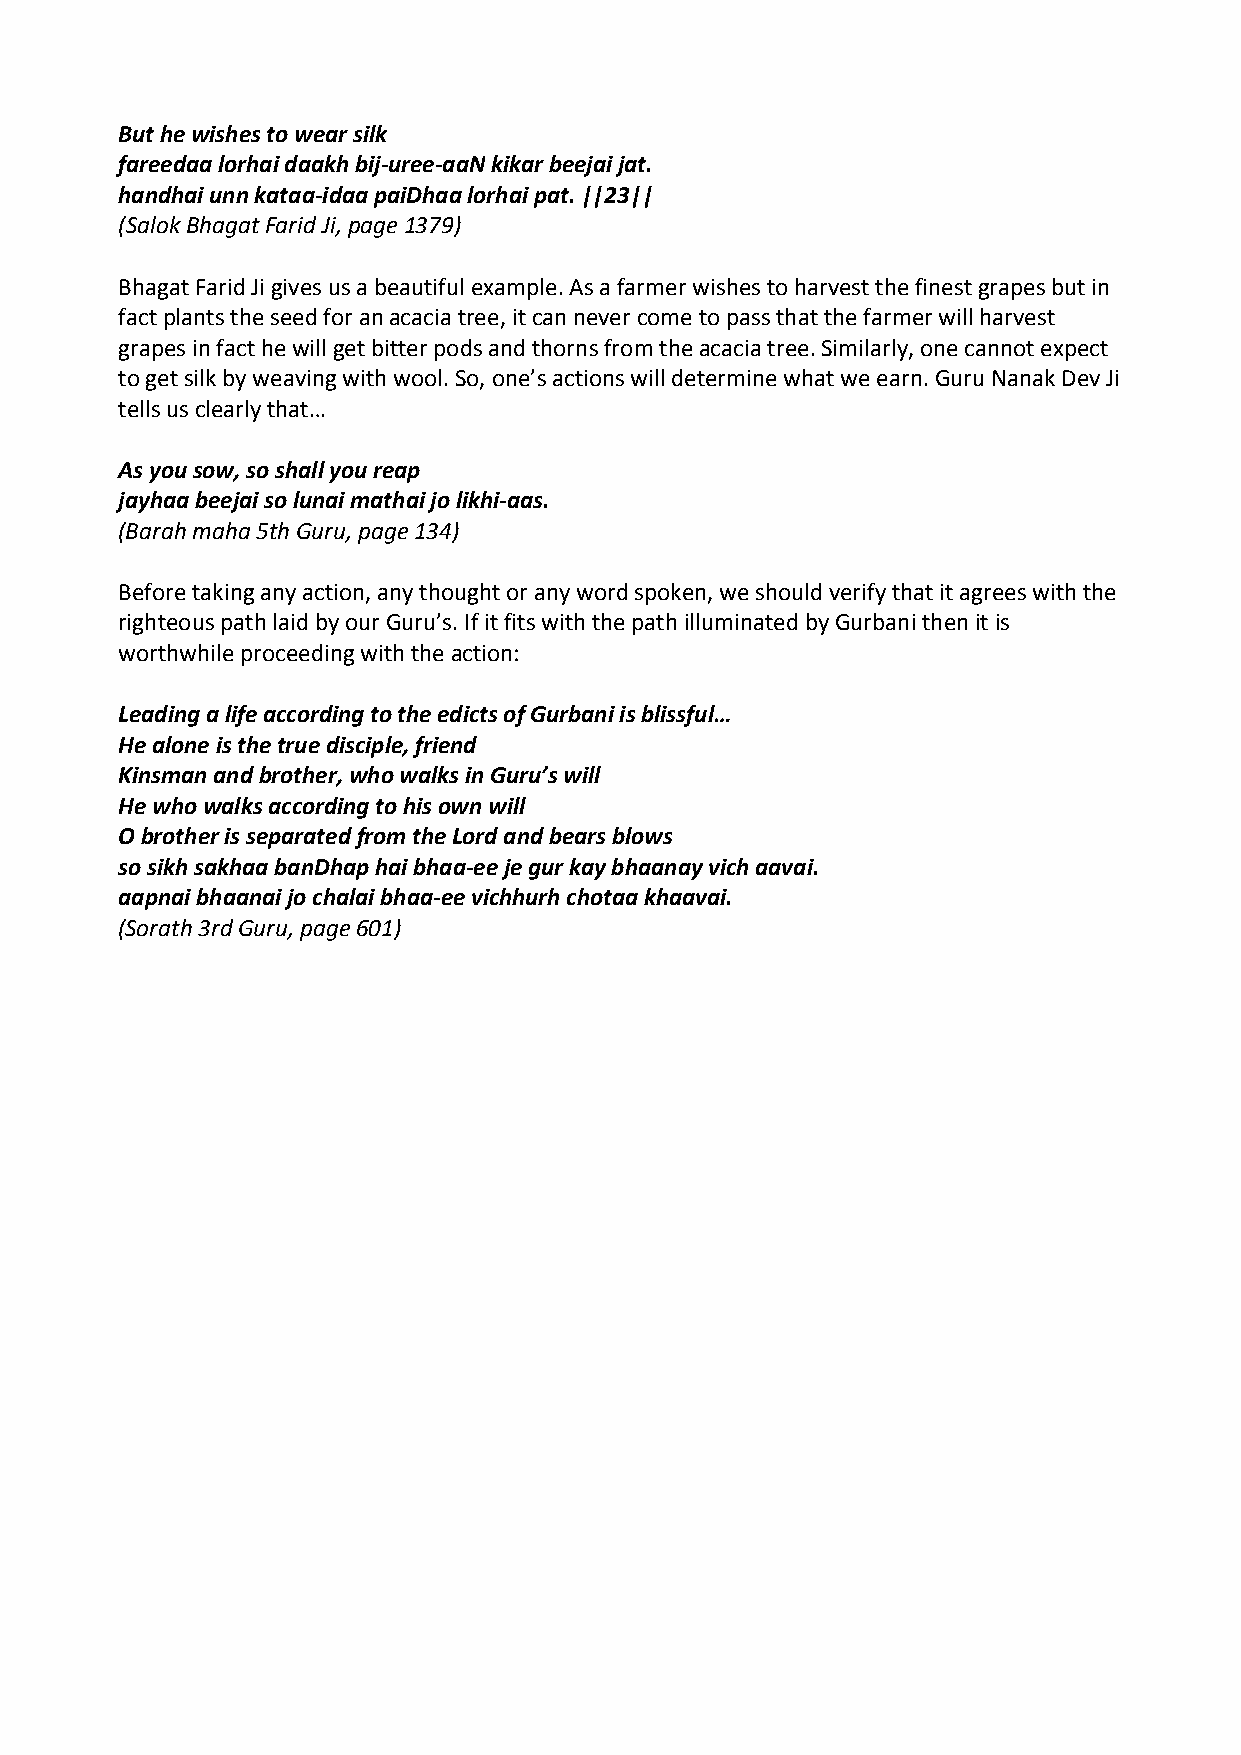
But he wishes to wear silk
 fareedaa lorhai daakh bij‐uree‐aaN kikar beejai jat.
 handhai unn kataa‐idaa paiDhaa lorhai pat. ||23||
 (Salok Bhagat Farid Ji, page 1379)
 Bhagat Farid Ji gives us a beautiful example. As a farmer wishes to harvest the finest grapes but in
 fact plants the seed for an acacia tree, it can never come to pass that the farmer will harvest
 grapes in fact he will get bitter pods and thorns from the acacia tree. Similarly, one cannot expect
 to get silk by weaving with wool. So, one’s actions will determine what we earn. Guru Nanak Dev Ji
 tells us clearly that…
 As you sow, so shall you reap
 jayhaa beejai so lunai mathai jo likhi‐aas.
 (Barah maha 5th Guru, page 134)
 Before taking any action, any thought or any word spoken, we should verify that it agrees with the
 righteous path laid by our Guru’s. If it fits with the path illuminated by Gurbani then it is
 worthwhile proceeding with the action:
 Leading a life according to the edicts of Gurbani is blissful…
 He alone is the true disciple, friend
 Kinsman and brother, who walks in Guru’s will
 He who walks according to his own will
 O brother is separated from the Lord and bears blows
 so sikh sakhaa banDhap hai bhaa‐ee je gur kay bhaanay vich aavai.
 aapnai bhaanai jo chalai bhaa‐ee vichhurh chotaa khaavai.
 (Sorath 3rd Guru, page 601)